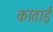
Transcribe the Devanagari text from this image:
काताई